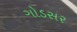
ગોડસર